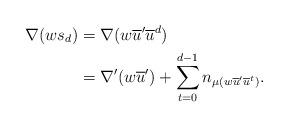
LaTeX: \begin{align*}\nabla(ws_d)&=\nabla(w\overline{u}'\overline{u}^d)\\{}&=\nabla'(w\overline{u}')+\sum_{t=0}^{d-1}n_{\mu(w\overline{u}'\overline{u}^t)}.\end{align*}